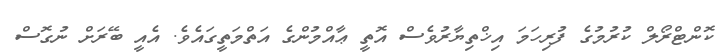
ކޮންޓްރޯލް ކުރުމުގެ ފުރިހަމަ އިޚްތިޔާރުވެސް އޮތީ ޢާއްމުންގެ އަތްމަތީގައެވެ. އެއީ ބޭރަށް ނުގޮސް